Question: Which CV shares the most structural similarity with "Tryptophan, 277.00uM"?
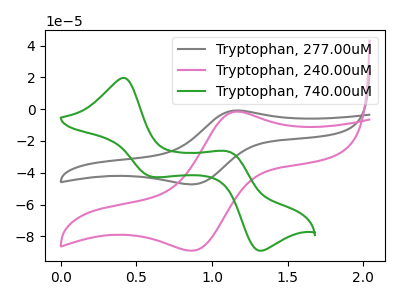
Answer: <think>The gray curve "Tryptophan, 277.00uM" has an anodic peak at (1.15V, -0.80uA) and a cathodic peak at (0.90V, -47.25uA). The pink curve "Tryptophan, 240.00uM" has an anodic peak at (1.15V, -1.55uA) and a cathodic peak at (0.90V, -88.95uA). The green curve "Tryptophan, 740.00uM" has anodic peaks at (0.40V, 19.70uA) (1.10V, -26.70uA) and cathodic peaks at (0.60V, -42.55uA) (1.30V, -89.05uA).
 All the peaks in "Tryptophan, 277.00uM" have a peak in "Tryptophan, 240.00uM" at the same potential. "Tryptophan, 277.00uM" and "Tryptophan, 740.00uM" have a different number of peaks. "Tryptophan, 240.00uM" and "Tryptophan, 740.00uM" have a different number of peaks.</think>
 <answer>The CV with the most similar shape to "Tryptophan, 240.00uM" is "Tryptophan, 277.00uM".</answer>
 <eval>"Tryptophan, 277.00uM"</eval>